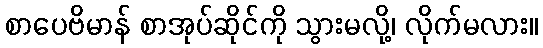
စာပေဗိမာန် စာအုပ်ဆိုင်ကို သွားမလို့၊ လိုက်မလား။